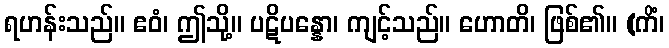
ရဟန်းသည်။ ဧဝံ၊ ဤသို့။ ပဋိပန္နော၊ ကျင့်သည်။ ဟောတိ၊ ဖြစ်၏။ (ကိံ၊